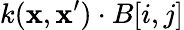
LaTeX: k(\mathbf{x},\mathbf{x^{\prime}})\cdot B[i,j]